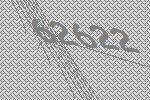
62622